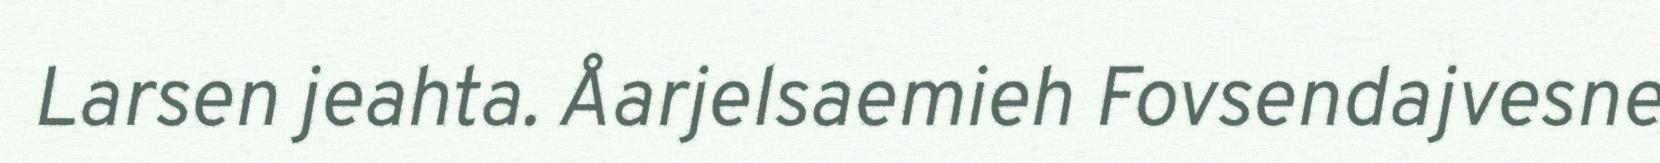
Larsen jeahta. Åarjelsaemieh Fovsendajvesne